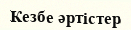
Кезбе әртістер